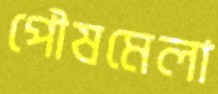
পৌষমেলা